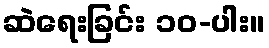
ဆဲရေးခြင်း ၁၀-ပါး။